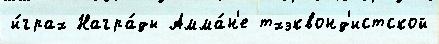
и́грах Награ́ды Амма́н'е тхэквонд'истской